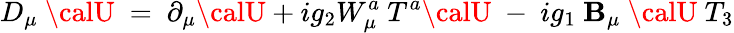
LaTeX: D_{\mu}~{\calU}~=~\partial_{\mu}{\calU}+ig_{2}W_{\mu}^{a}{}~{T^{a}}{\calU}~-~ig_{1}~\mathbf{B}_{\mu}~{\calU}~{T_{3}}